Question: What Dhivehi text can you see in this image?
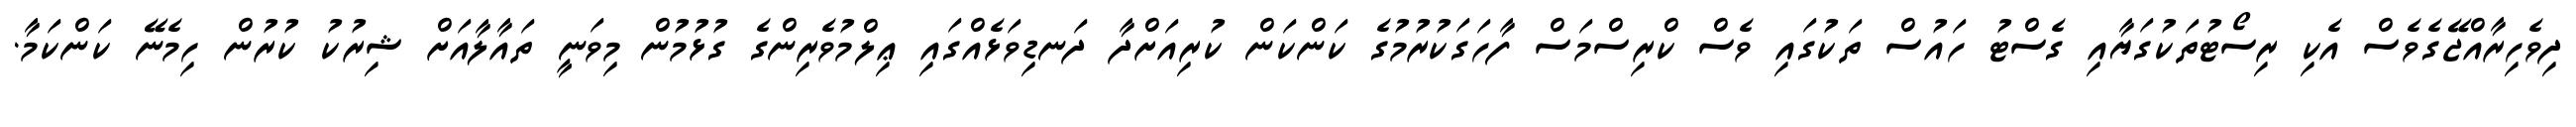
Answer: ދިވެހިރާއްޖޭގެވެސް އެކި ރިސޯޓުތަކުގަޔާއި ގެސްޓު ހައުސް ތަކުގައި ވެސް ކްރިސްމަސް ފާހަގަކުރުމުގެ ކަންކަން ކުރިއަށްދާ ދަނޑިވަޅެއްގައި ޢިލްމުވެރިންގެ ގުޅުމުން މިވަނީ ތައާލާއަށް ޝިރުކު ކުރުން ހިމެނޭ ކަންކަމާ.